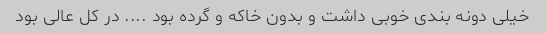
خیلی دونه بندی خوبی داشت و بدون خاکه و گرده بود .... در کل عالی بود